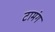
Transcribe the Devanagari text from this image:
टामंग